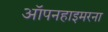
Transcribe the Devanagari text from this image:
ऑपनहाइमरना